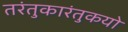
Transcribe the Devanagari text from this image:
तरंतुकारंतुकयो